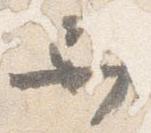
舁